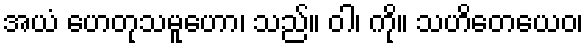
အယံ ဟေတုသမူဟော၊ သည်။ ဝါ၊ ကို။ သဟိတေယေဝ၊